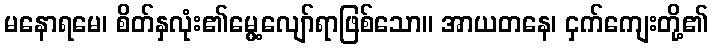
မနောရမေ၊ စိတ်နှလုံး၏မွေ့လျော်ရာဖြစ်သော။ အာယတနေ၊ ငှက်ကျေးတို့၏